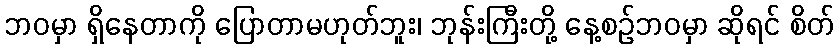
ဘဝမှာ ရှိနေတာကို ပြောတာမဟုတ်ဘူး၊ ဘုန်းကြီးတို့ နေ့စဉ်ဘဝမှာ ဆိုရင် စိတ်